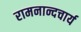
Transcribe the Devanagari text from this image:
रामनान्दचार्य